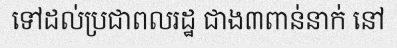
ទៅដល់ប្រជាពលរដ្ឋ ជាង៣ពាន់នាក់ នៅ